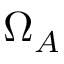
\Omega _ { A }